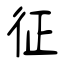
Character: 征